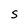
Character: S